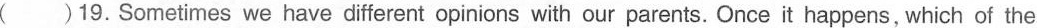
( )19.Sometimes we have different opinions with our parents. Once it happens, which of the